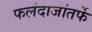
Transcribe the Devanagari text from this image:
फलंदाजांतर्फे